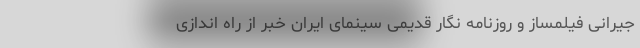
جیرانی فیلمساز و روزنامه نگار قدیمی سینمای ایران خبر از راه اندازی